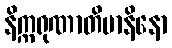
နိက္ကရုဏာတိမာနိနော